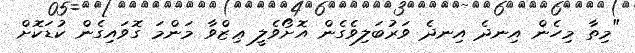
"މިތާ މިހެން އިނދެ އިނދެ ވަރުބަލިވެގެން އޮށޯވެލީ ޢިޒްވާ މަންމަ ގޮވައިގެން ކުޑަކޮށް